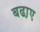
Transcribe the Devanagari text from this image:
बढा़ए